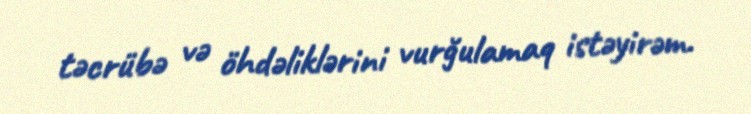
təcrübə və öhdəliklərini vurğulamaq istəyirəm.